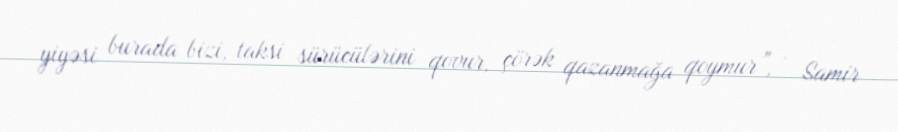
yiyəsi burada bizi, taksi sürücülərini qovur, çörək qazanmağa qoymur”, - Samir